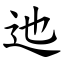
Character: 迆